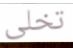
تخلى